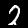
Label: 2